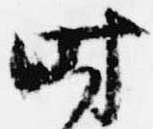
時